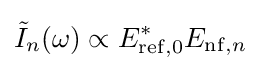
{\tilde {I}}_{n}(\omega )\propto E_{\rm {ref,0}}^{*}E_{{\rm {nf}},n}